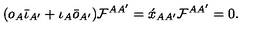
( o _ { A } \bar { \iota } _ { A ^ { \prime } } + \iota _ { A } \bar { o } _ { A ^ { \prime } } ) { \cal F } ^ { A A ^ { \prime } } = \acute { x } _ { A A ^ { \prime } } { \cal F } ^ { A A ^ { \prime } } = 0 .